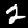
Digit: 2